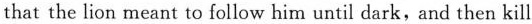
that the lion meant to follow him until dark, and then kill